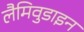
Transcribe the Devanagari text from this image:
लैमिवुडाइन